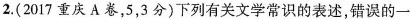
2.(2017重庆A卷，5，3分)下列有关文学常识的表述，错误的一